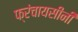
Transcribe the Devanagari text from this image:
फ्रंचायसींनी